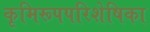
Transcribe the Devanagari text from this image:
कृमिरूपपरिशेषिका